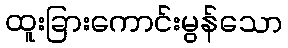
ထူးခြားကောင်းမွန်သော